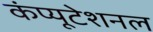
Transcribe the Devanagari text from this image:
कंप्‍यूटेशनल